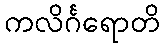
ကလိင်္ဂရောတိ